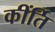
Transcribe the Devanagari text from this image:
कींर्ति